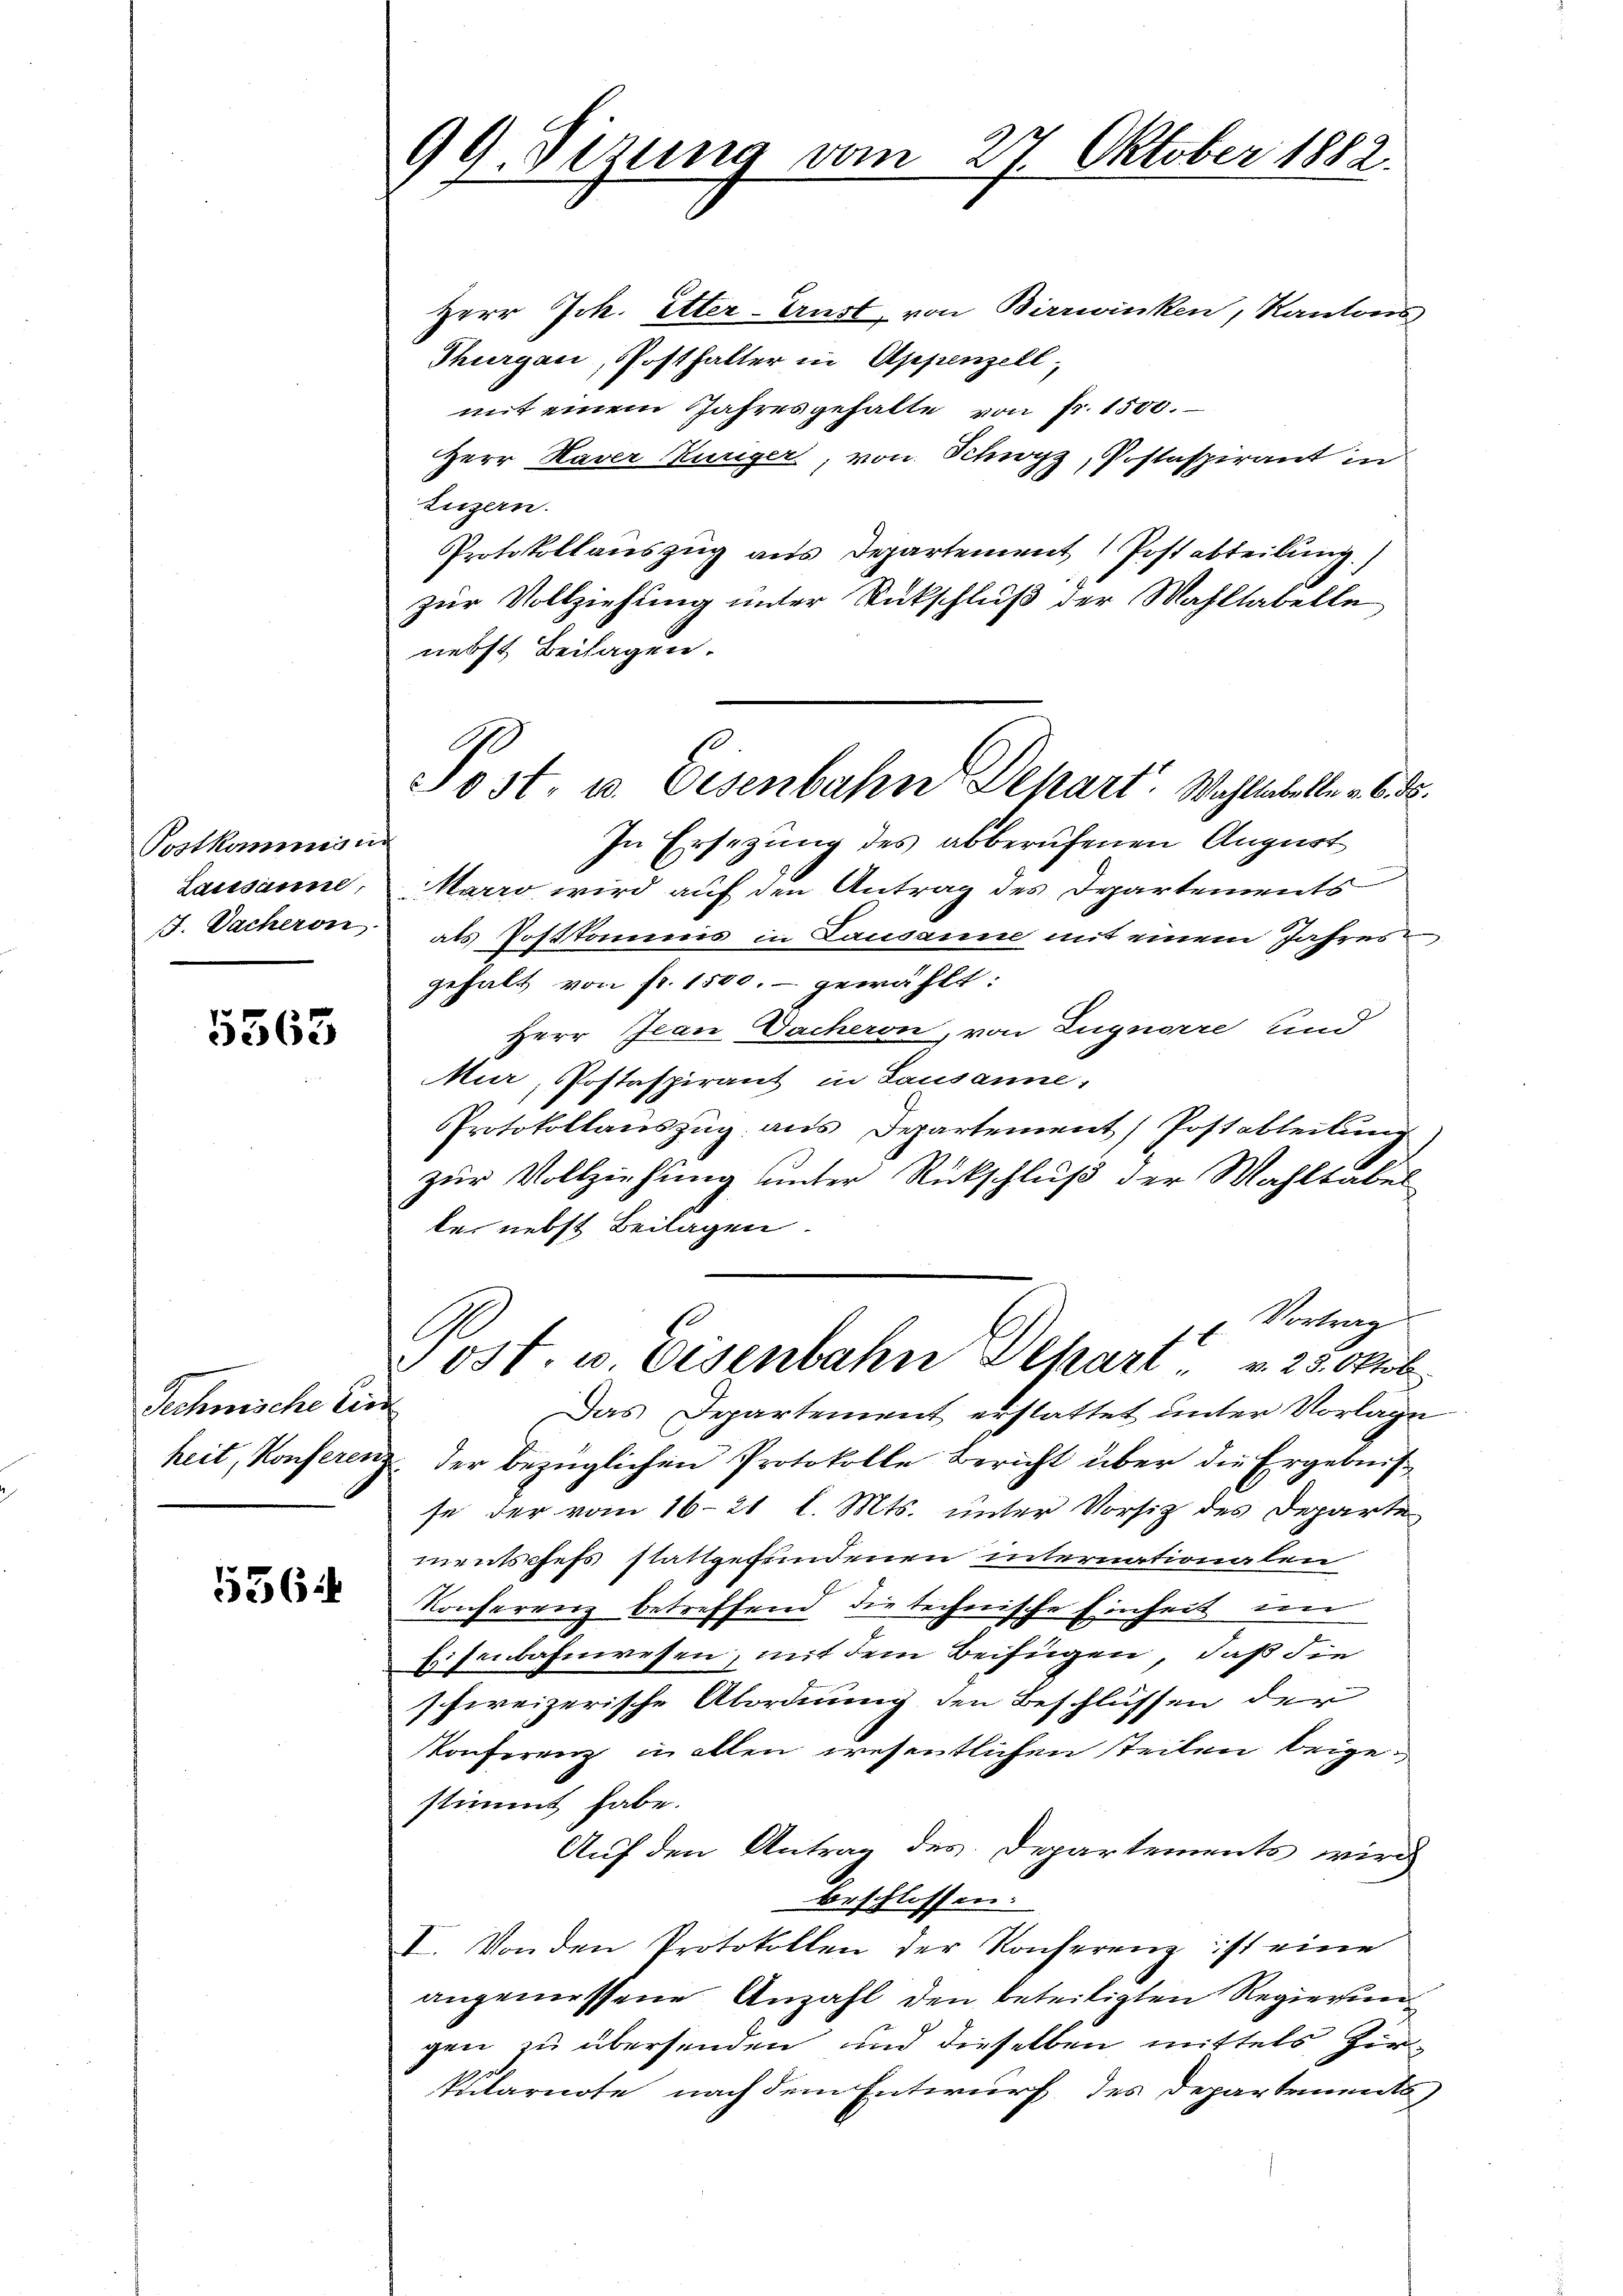
Postkommisun
Lausanne,
J. Dacheron

5363

Rechnische Ein

556

99. Sizung vom 27. Oktober 1882.

Herr Joh. Etter-Ernst, von Birrwinken, Kantons
Thurgau, Posthalter in Appenzell,
mit einem Jahresgehalte von fr. 1500.
Herr Kaver Kurger, von Schwyz, Postaspirant in
Luzern.
Protokollauszug aus Departement Post abteilung.)
zur Vollziehung unter Rückschluß der Wahllabelle
nebst Beilagen.
In Ersetzung des abberufenen August
Marro wird auf den Antrag des Departements
als Postkommnis in Lausanne mit einem Jahres,
gehalt von fr. 1500.- gewählt:
Herr Jean Dacheron, von Zugnorre und
Mur, Postaspirant in Lausanne,
Protokollauszug aus Departement Postableitung
zur Vollziehung unter Rückschluß der Wahltabel
te, nebst Beilagen.
Vortrag
C
t
Post. u. Eisenbahn Dehart v. 23. Oktob.
Das Departement erstattet unter Vorlage
heit, Konferenz der bezüglichen Protokolle Bericht über die Ergebnis
se der vom 16. 21 l. Mts. unter Vorsitz des Departe
mentschefs stattgefundenen internationalen
Konferenz betreffend die technische Einheit nur
Eisenbahnwesen, mit dem Beifügen, daß die
schweizerische Abordnung den Beschlüssen der
Konferenz in allen wesentlichen Teilen beigestimmt habe.
Auf den Antrag des Departements wird
beschlossen:
I. Von den Protokollen der Konferenz ist eine
angemessene Anzahl den beseitigten Regierungen zu übersenden, und dieselben mittels Zir¬
Pularnote nach dem Entwurf des Departements,

Post. u. Eisenbahne Depart. Wahlabelle v. 6. ds.